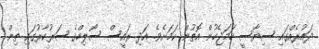
ދައުރެއްގައި ސިޔާސީ ހަމަޖެހުން އޮތުން ކަމަށެވެ. އަދި ރައީސް ސޯލިހްގެ ސަރުކާރުގައި ތިން